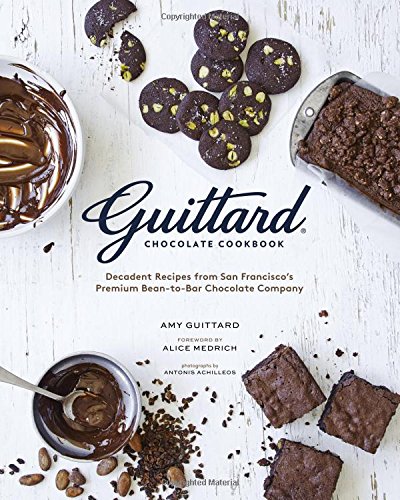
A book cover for Guittard Chocolate Cookbook: Decadent Recipes from San Francisco's Premium Bean-to-Bar Chocolate Company; Amy Guittard; Cookbooks, Food & Wine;